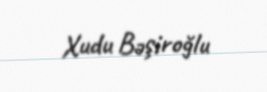
Xudu Bəşiroğlu